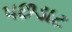
પછડાટ